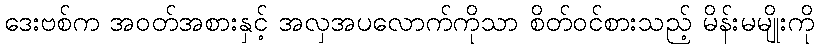
ဒေးဗစ်က အဝတ်အစားနှင့် အလှအပလောက်ကိုသာ စိတ်ဝင်စားသည့် မိန်းမမျိုးကို